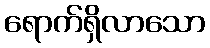
ရောက်ရှိလာသော